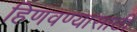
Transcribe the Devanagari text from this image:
हिणवण्यासाठी